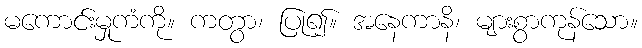
မကောင်းမှုကံကို။ ကတွာ၊ ပြု၍။ အနေကာနိ၊ များစွာကုန်သော။